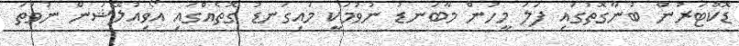
ޑޮކްޓަރުން ބުނާގޮތުގައި ފަލަ މީހުން މާބަނޑު ނުވުމަކީ މައިގަނޑު ގޮތެއްގައި އޯވިއުލޭޝަން ނުވަތަ